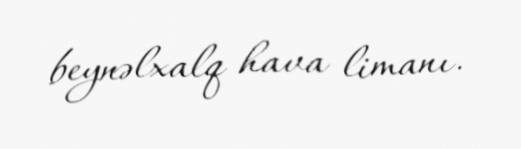
beynəlxalq hava limanı.